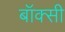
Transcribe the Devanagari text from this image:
बॉक्सी